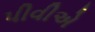
પીવીએ